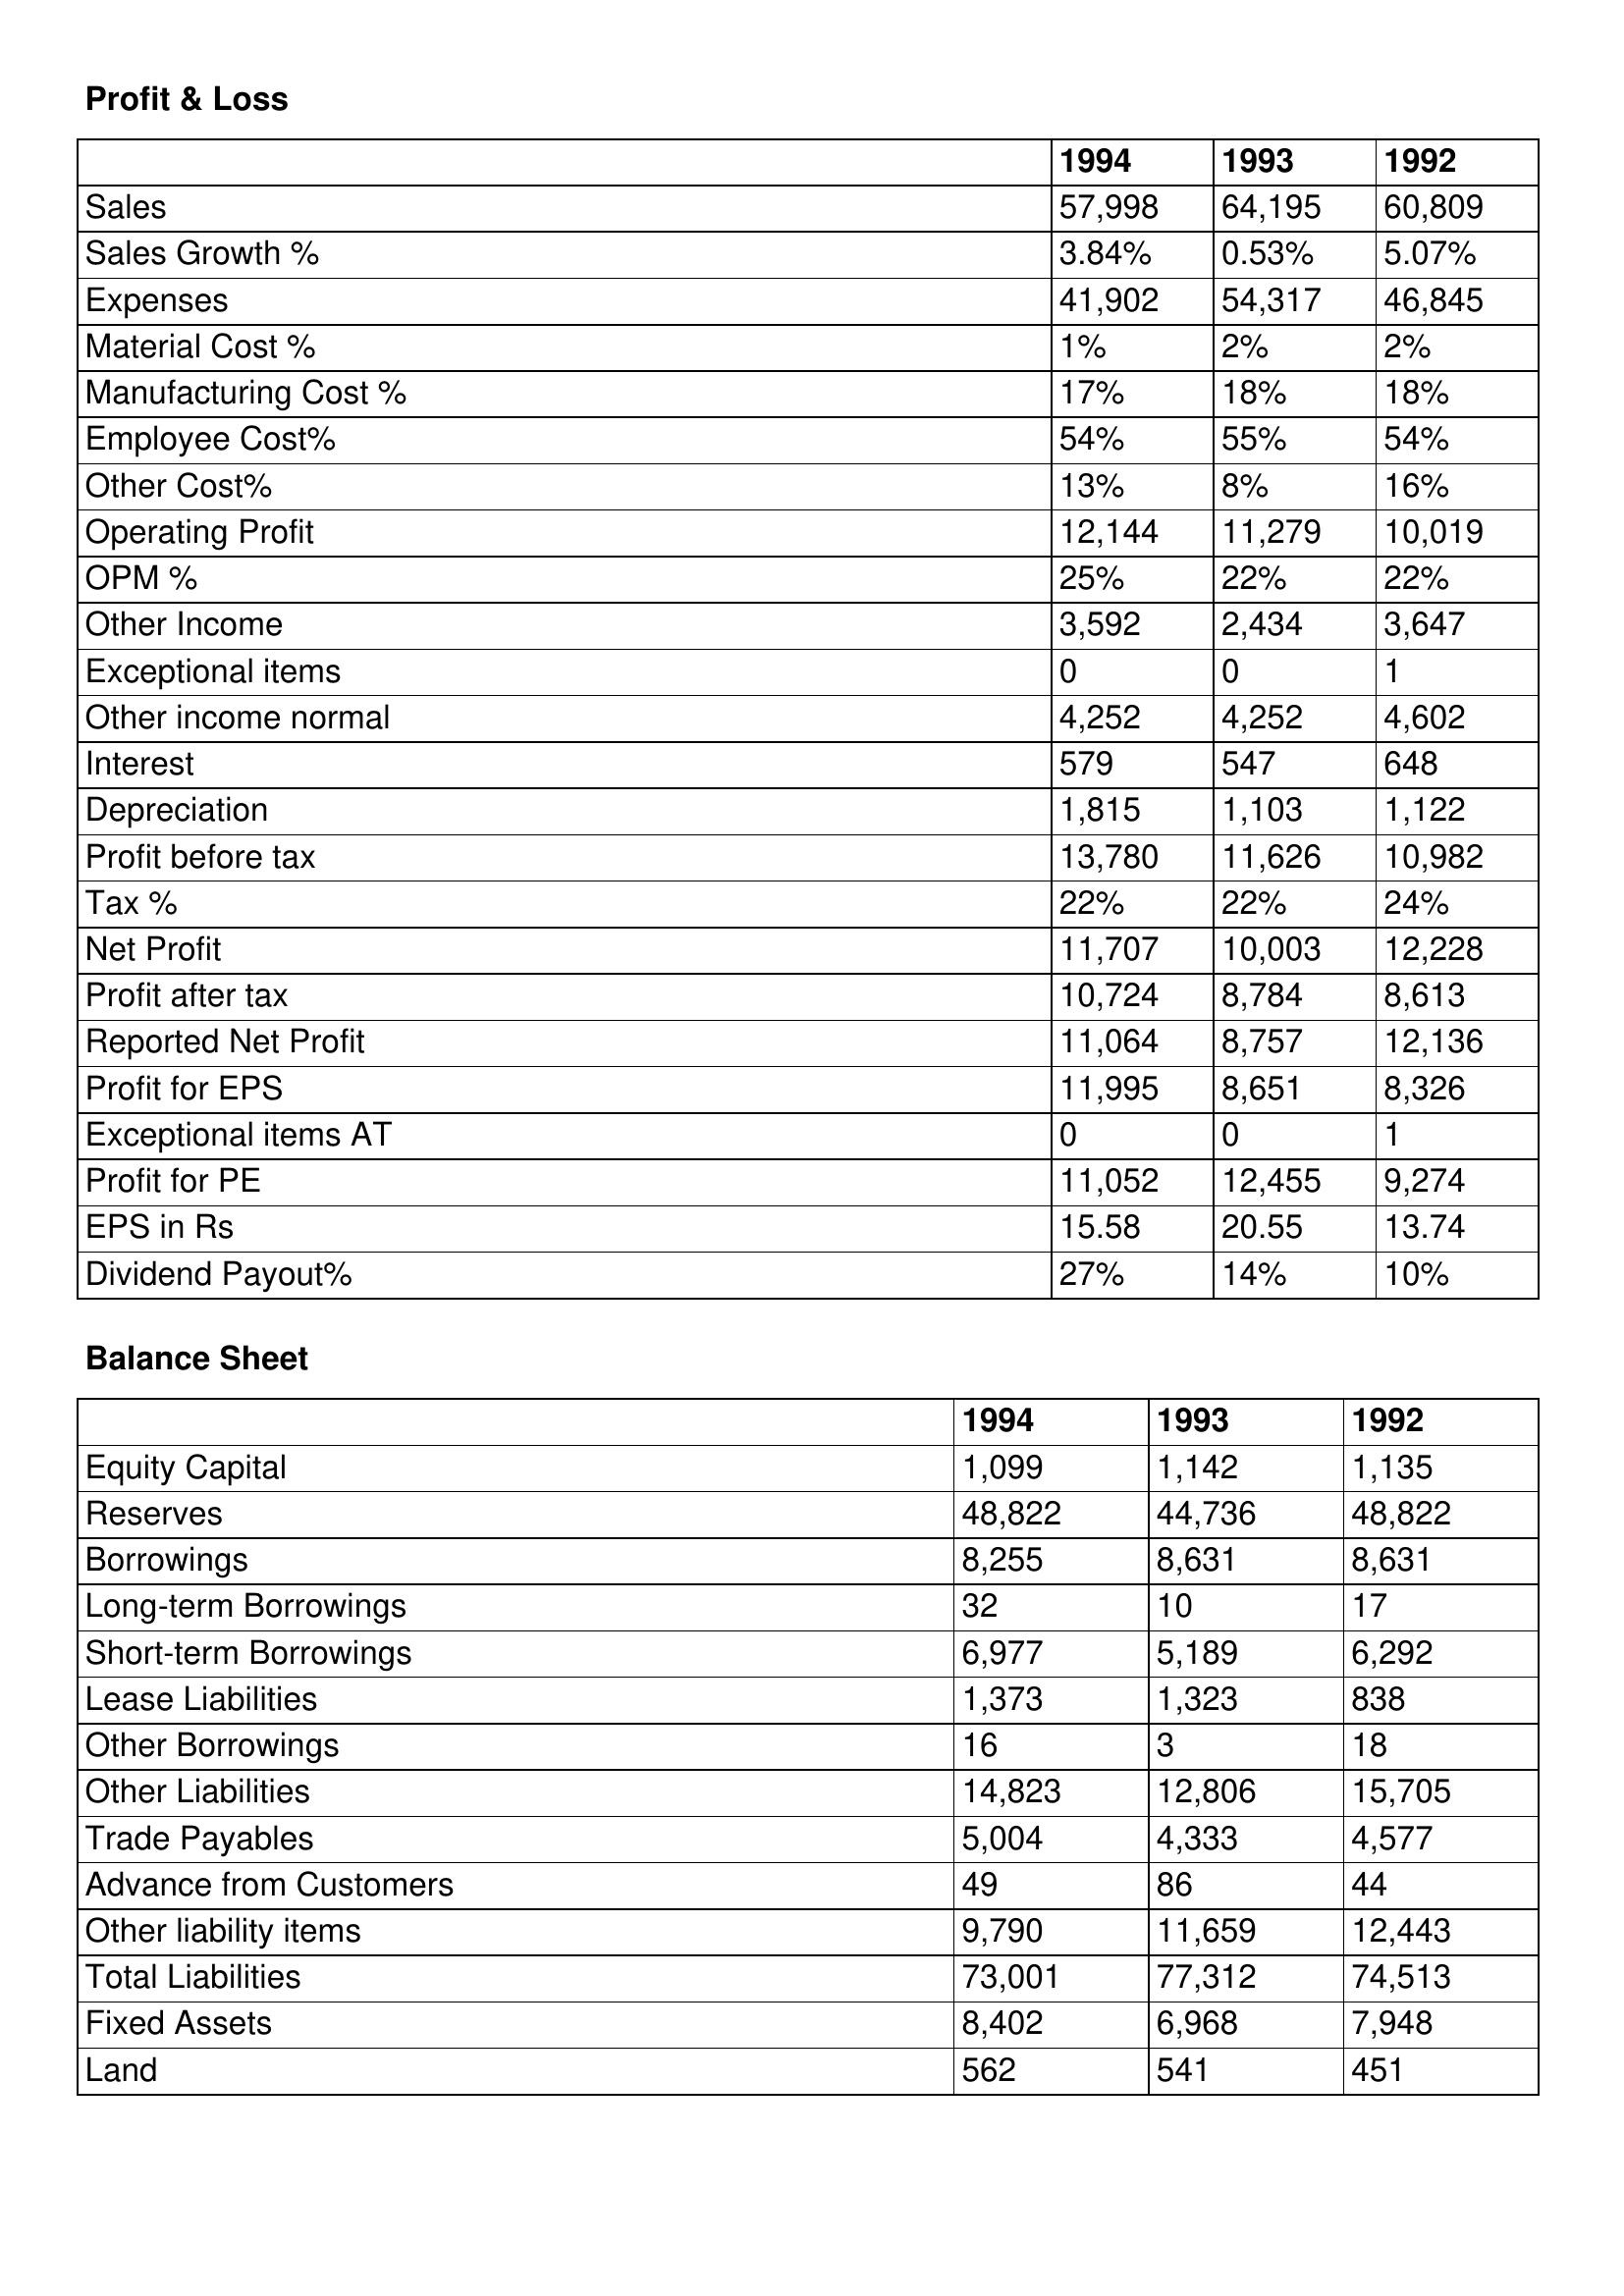
gt_parse: 1994: Profit & Loss: Sales: 57,998
Sales Growth %: 3.84%
Expenses: 41,902
Material Cost %: 1%
Manufacturing Cost %: 17%
Employee Cost%: 54%
Other Cost%: 13%
Operating Profit: 12,144
OPM %: 25%
Other Income: 3,592
Exceptional items: 0
Other income normal: 4,252
Interest: 579
Depreciation: 1,815
Profit before tax: 13,780
Tax %: 22%
Net Profit: 11,707
Profit after tax: 10,724
Reported Net Profit: 11,064
Profit for EPS: 11,995
Exceptional items AT: 0
Profit for PE: 11,052
EPS in Rs: 15.58
Dividend Payout%: 27%
Balance Sheet: Equity Capital: 1,099
Reserves: 48,822
Borrowings: 8,255
Long-term Borrowings: 32
Short-term Borrowings: 6,977
Lease Liabilities: 1,373
Other Borrowings: 16
Other Liabilities: 14,823
Trade Payables: 5,004
Advance from Customers: 49
Other liability items: 9,790
Total Liabilities: 73,001
Fixed Assets: 8,402
Land: 562
1993: Profit & Loss: Sales: 64,195
Sales Growth %: 0.53%
Expenses: 54,317
Material Cost %: 2%
Manufacturing Cost %: 18%
Employee Cost%: 55%
Other Cost%: 8%
Operating Profit: 11,279
OPM %: 22%
Other Income: 2,434
Exceptional items: 0
Other income normal: 4,252
Interest: 547
Depreciation: 1,103
Profit before tax: 11,626
Tax %: 22%
Net Profit: 10,003
Profit after tax: 8,784
Reported Net Profit: 8,757
Profit for EPS: 8,651
Exceptional items AT: 0
Profit for PE: 12,455
EPS in Rs: 20.55
Dividend Payout%: 14%
Balance Sheet: Equity Capital: 1,142
Reserves: 44,736
Borrowings: 8,631
Long-term Borrowings: 10
Short-term Borrowings: 5,189
Lease Liabilities: 1,323
Other Borrowings: 3
Other Liabilities: 12,806
Trade Payables: 4,333
Advance from Customers: 86
Other liability items: 11,659
Total Liabilities: 77,312
Fixed Assets: 6,968
Land: 541
1992: Profit & Loss: Sales: 60,809
Sales Growth %: 5.07%
Expenses: 46,845
Material Cost %: 2%
Manufacturing Cost %: 18%
Employee Cost%: 54%
Other Cost%: 16%
Operating Profit: 10,019
OPM %: 22%
Other Income: 3,647
Exceptional items: 1
Other income normal: 4,602
Interest: 648
Depreciation: 1,122
Profit before tax: 10,982
Tax %: 24%
Net Profit: 12,228
Profit after tax: 8,613
Reported Net Profit: 12,136
Profit for EPS: 8,326
Exceptional items AT: 1
Profit for PE: 9,274
EPS in Rs: 13.74
Dividend Payout%: 10%
Balance Sheet: Equity Capital: 1,135
Reserves: 48,822
Borrowings: 8,631
Long-term Borrowings: 17
Short-term Borrowings: 6,292
Lease Liabilities: 838
Other Borrowings: 18
Other Liabilities: 15,705
Trade Payables: 4,577
Advance from Customers: 44
Other liability items: 12,443
Total Liabilities: 74,513
Fixed Assets: 7,948
Land: 451